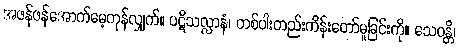
အဖန်ဖန်အောက်မေ့ကုန်လျှက်။ ပဋိသလ္လာနံ၊ တစ်ပါးတည်းကိန်းတော်မူခြင်းကို။ သေဝန္တိ၊